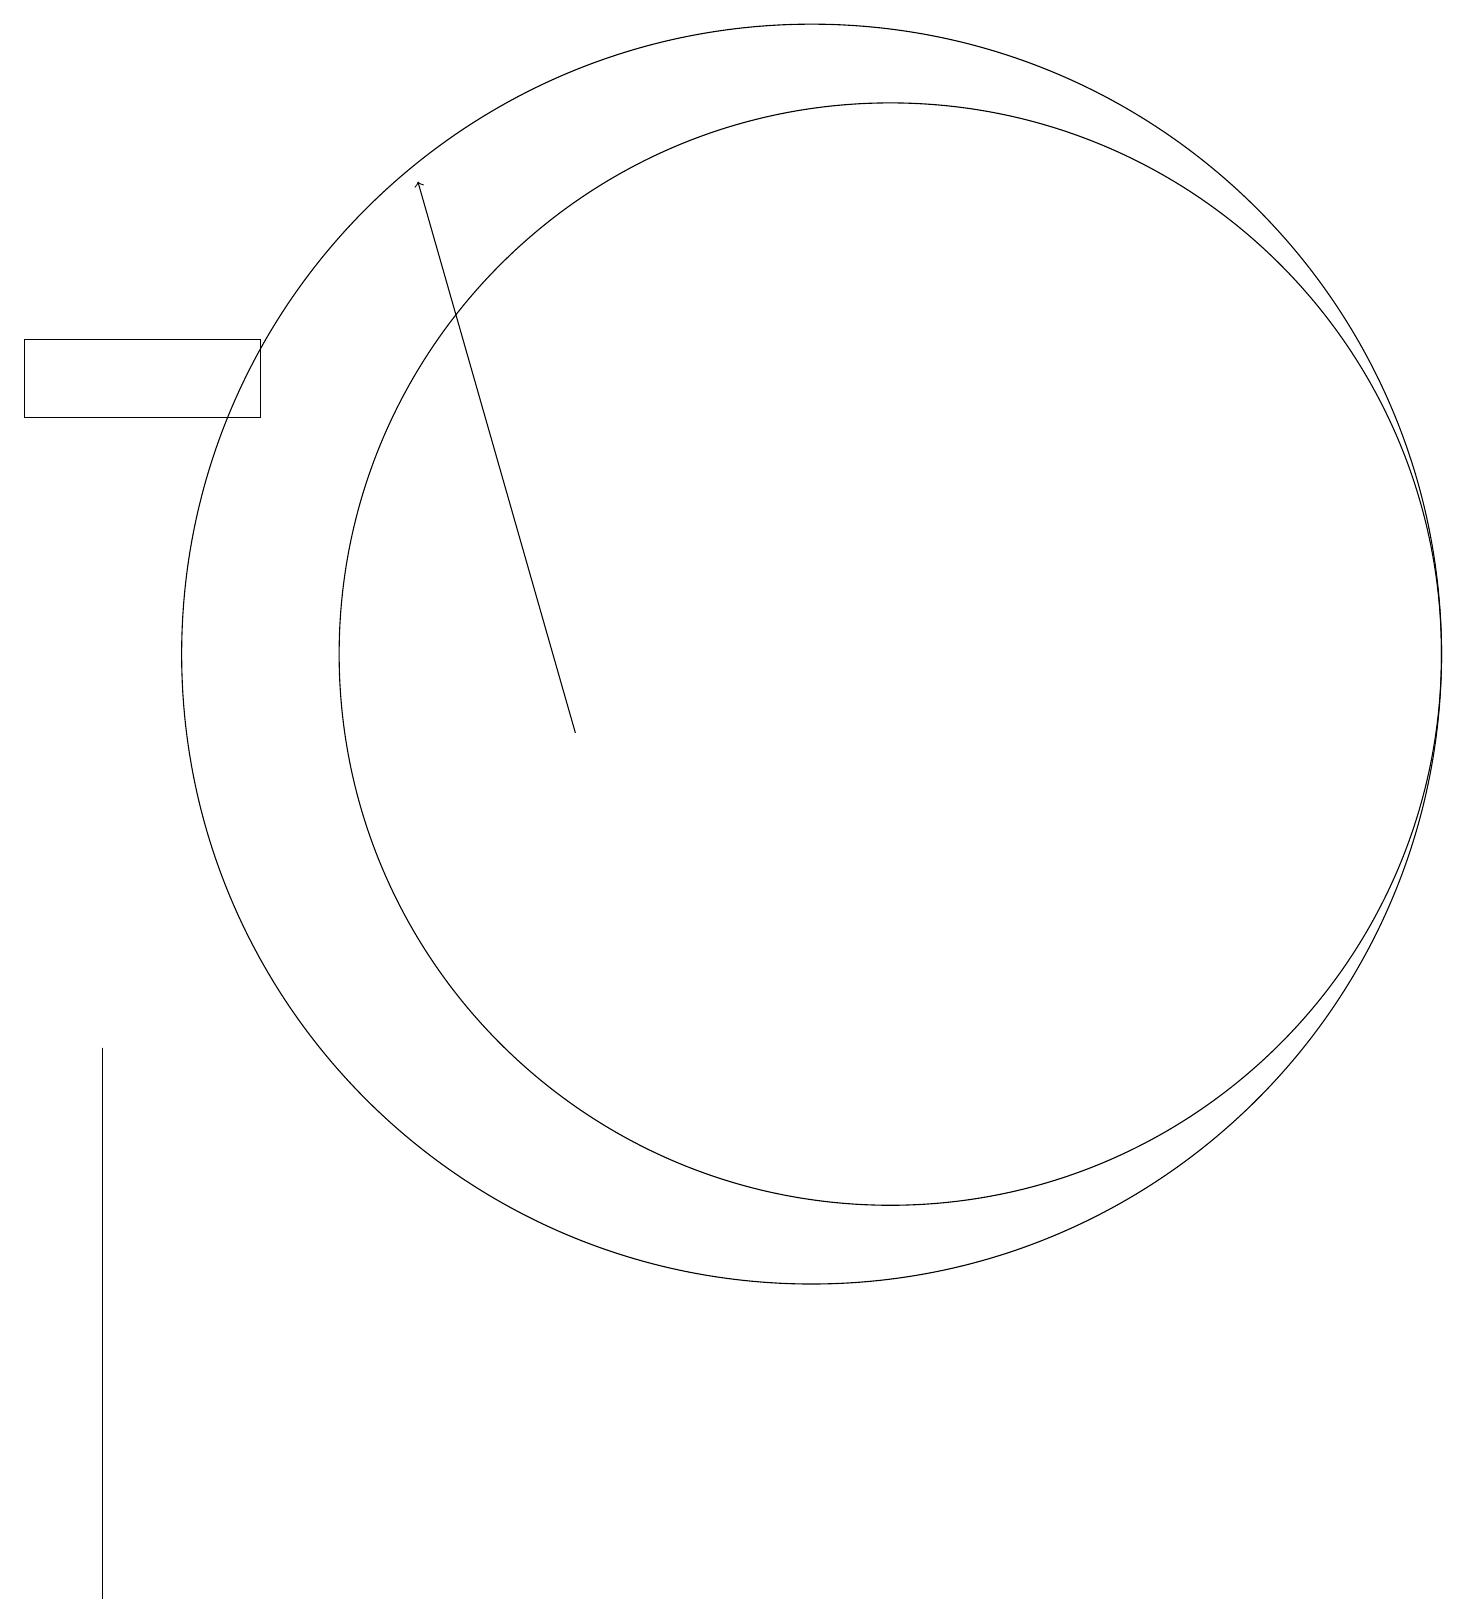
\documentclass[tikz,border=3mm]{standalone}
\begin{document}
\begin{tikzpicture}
\draw (1,16) rectangle (4,15);
\draw (2,3) -- (2,7) -- (2,0) -- cycle;
\draw (11,12) circle (8);
\draw (12,12) circle (7);
\draw[->] (8,11) -- (6,18);
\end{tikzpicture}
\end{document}